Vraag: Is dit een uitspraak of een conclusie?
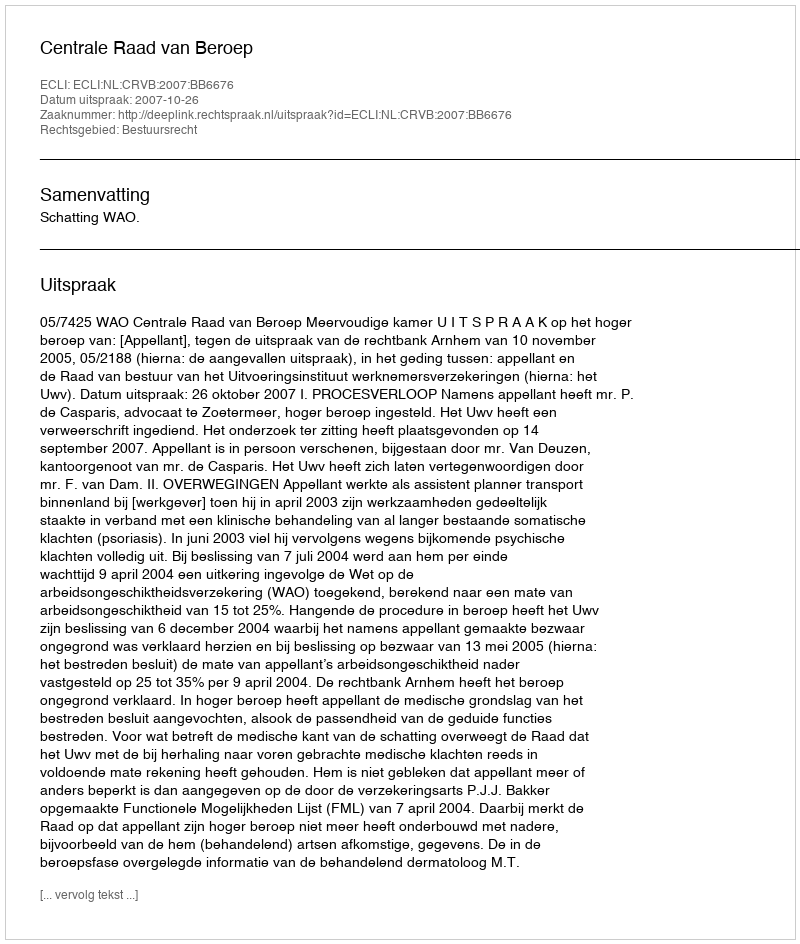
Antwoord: Uitspraak